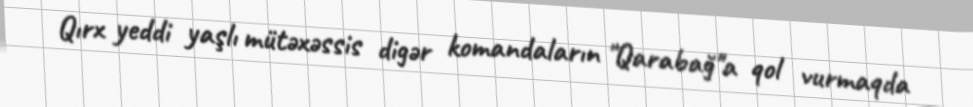
Qırx yeddi yaşlı mütəxəssis digər komandaların "Qarabağ"a qol vurmaqda